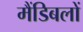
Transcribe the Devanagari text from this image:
मैंडिबलों